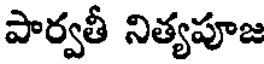
పార్వతీ నిత్యపూజ